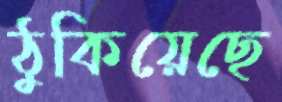
ঠুকিয়েছে